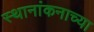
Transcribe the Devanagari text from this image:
स्थानांकनाच्या